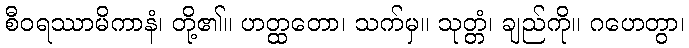
စီဝရဿာမိကာနံ၊ တို့၏။ ဟတ္ထတော၊ သက်မှ။ သုတ္တံ၊ ချည်ကို။ ဂဟေတွာ၊